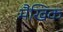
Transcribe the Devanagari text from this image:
मैखिक